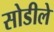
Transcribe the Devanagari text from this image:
सोडीले